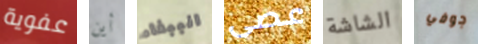
عفوية أين الببغاء عصى الشاشة جوفي